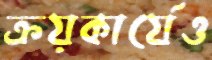
ক্রয়কার্যেও